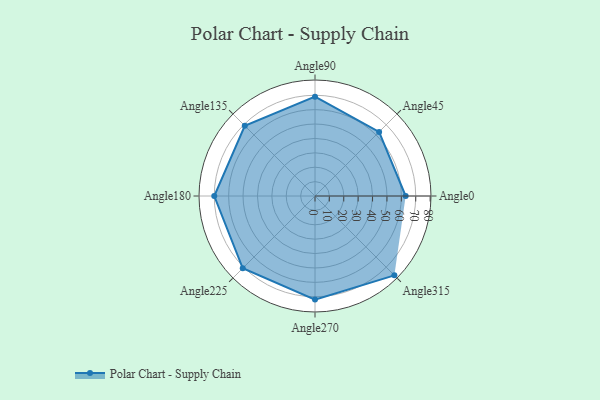
{"axis": {"x": "Angle", "y": "Radius"}, "legend": [""], "data": [{"x": "Angle0", "y": 63.0, "type": ""}, {"x": "Angle45", "y": 63.0, "type": ""}, {"x": "Angle90", "y": 69.0, "type": ""}, {"x": "Angle135", "y": 69.0, "type": ""}, {"x": "Angle180", "y": 70.0, "type": ""}, {"x": "Angle225", "y": 71.0, "type": ""}, {"x": "Angle270", "y": 72.0, "type": ""}, {"x": "Angle315", "y": 78.0, "type": ""}]}